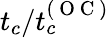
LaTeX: t_{c}/t_{c}^{(\mathrm{~O~C~})}